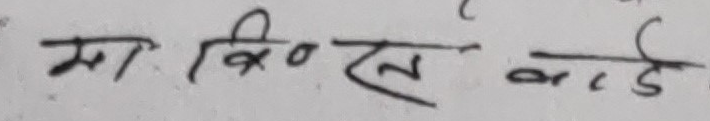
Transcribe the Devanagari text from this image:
सा बिओ एल कार्ड